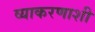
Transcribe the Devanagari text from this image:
व्याकरणाशी